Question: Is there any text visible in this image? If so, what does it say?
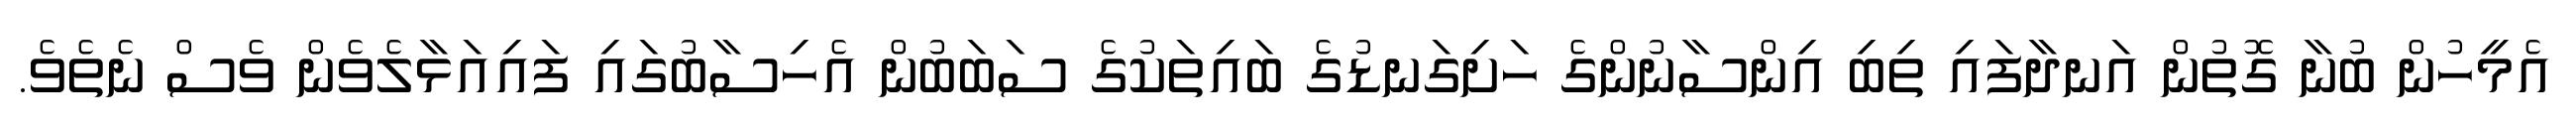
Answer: އެމީހުން ބުނާ ގޮތުން އަނދާފައި ތިބި އިންސާނުންގެ ހަށިގަނޑުގެ ބައިތަކުގެ ސަބަބުން އެހިސާބުގައި ފައިއަޅާލެވެން ވެސް ނެތެވެ.